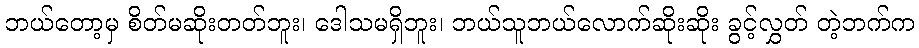
ဘယ်တော့မှ စိတ်မဆိုးတတ်ဘူး၊ ဒေါသမရှိဘူး၊ ဘယ်သူဘယ်လောက်ဆိုးဆိုး ခွင့်လွှတ် တဲ့ဘက်က